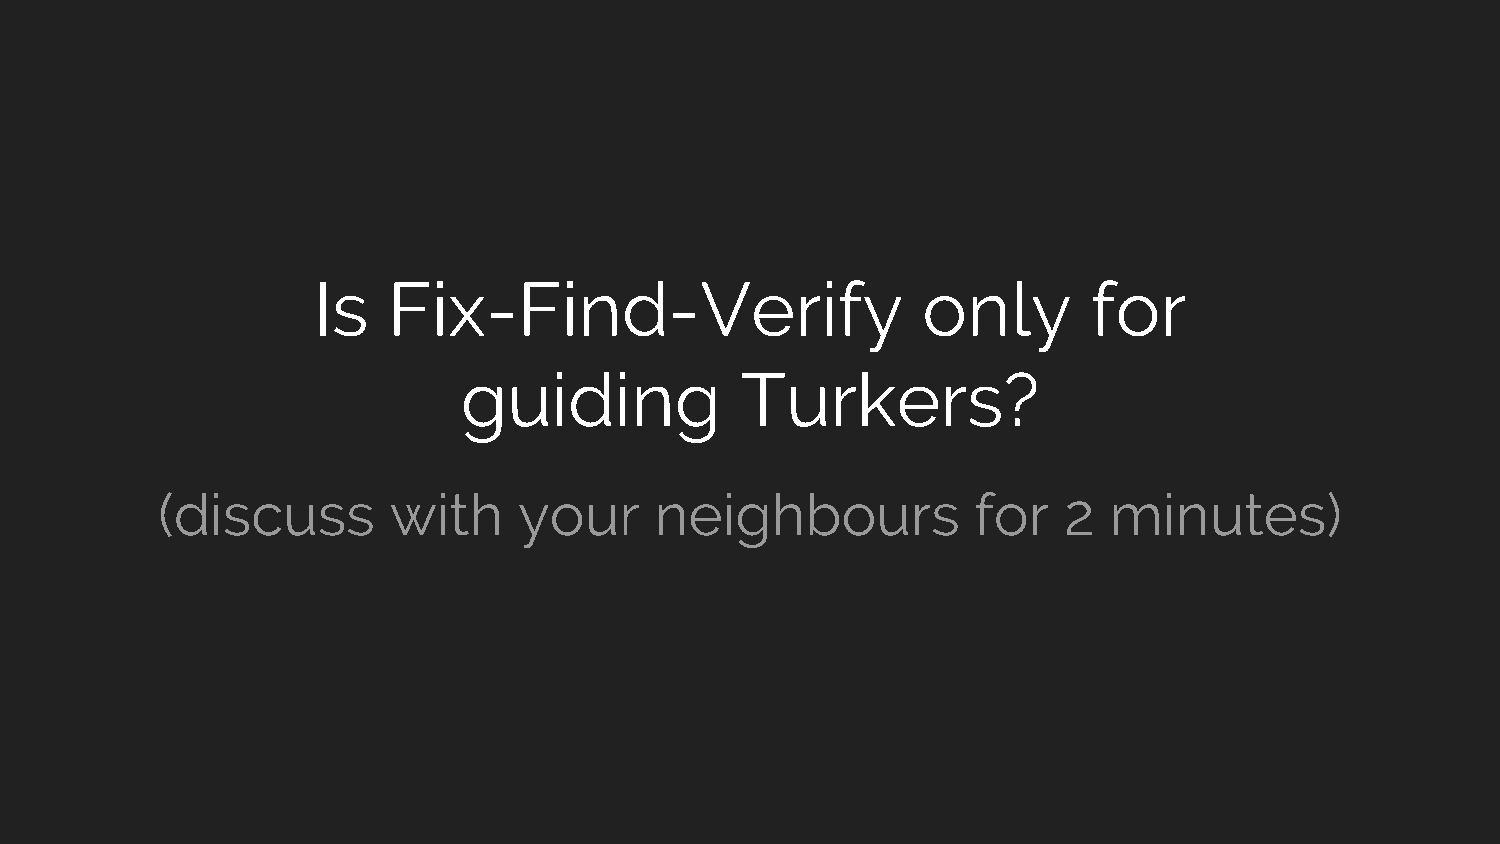
Is   Fix-Find-Verify                    only       for
 guiding           Turkers?
 (discuss        with    your     neighbours            for  2  minutes)